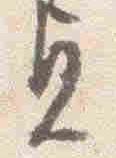
貞